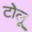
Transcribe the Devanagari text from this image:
टोलू